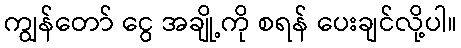
ကျွန်တော် ငွေ အချို့ကို စရန် ပေးချင်လို့ပါ။